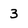
Character: 3